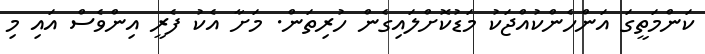
ކަންމަތީގަ އަންހެންކުއްޖަކު މަޑުކޮށްލައިގެން ހުރިތަން. މަށާ އެކު ފެރީ އިންވެސް އައި މި